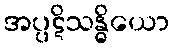
အပ္ပဋိသန္ဓိယော